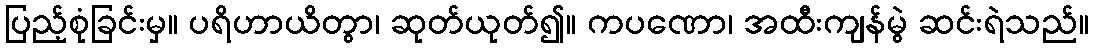
ပြည့်စုံခြင်းမှ။ ပရိဟာယိတွာ၊ ဆုတ်ယုတ်၍။ ကပဏော၊ အထီးကျန်မွဲ ဆင်းရဲသည်။